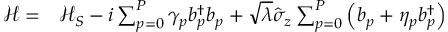
\begin{array} { r l } { \mathcal { H } = } & { { } \mathcal { H } _ { S } - i \sum _ { p = 0 } ^ { P } \gamma _ { p } b _ { p } ^ { \dagger } b _ { p } + \sqrt { \lambda } \hat { \sigma } _ { z } \sum _ { p = 0 } ^ { P } \left( b _ { p } + \eta _ { p } b _ { p } ^ { \dagger } \right) } \end{array}